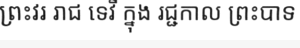
ព្រះវរ រាជ ទេវី ក្នុង រជ្ជកាល ព្រះបាទ